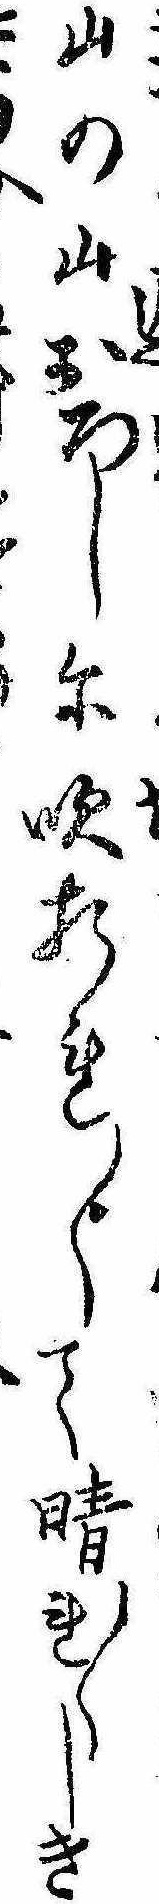
山の山おろしに吹折れ〱て晴れ〱しき